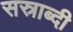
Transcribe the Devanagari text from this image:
सस्राब्दी